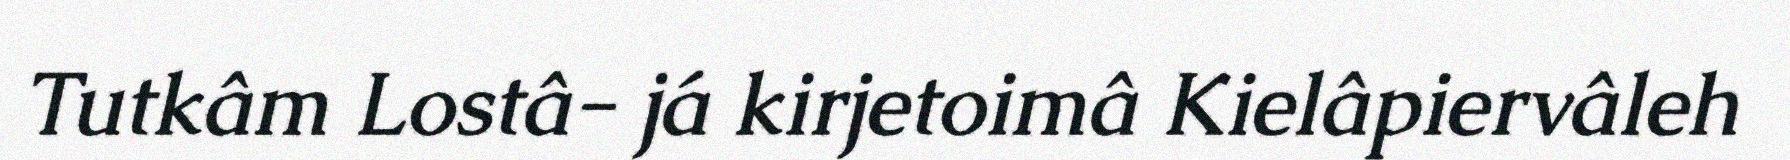
Tutkâm Lostâ- já kirjetoimâ Kielâpiervâleh